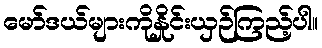
မော်ဒယ်များကိုနှိုင်းယှဉ်ကြည့်ပါ။